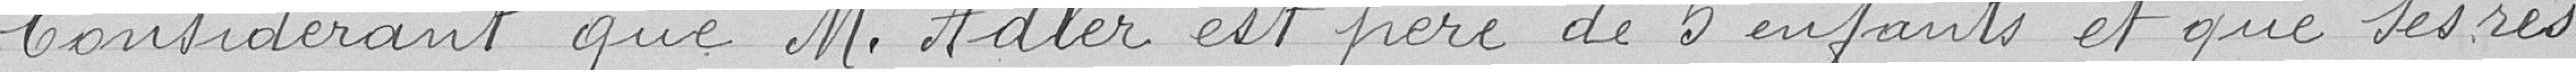
Considérant que Monsieur Adler es père de 5 enfants et que ses res-